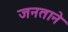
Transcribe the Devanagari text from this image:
जनताने